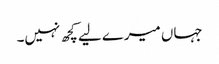
جہاں میرے لیے کچھ نہیں۔